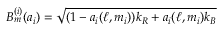
B _ { m } ^ { ( i ) } ( a _ { i } ) = \sqrt { ( 1 - a _ { i } ( \ell , m _ { i } ) ) k _ { R } + a _ { i } ( \ell , m _ { i } ) k _ { B } }